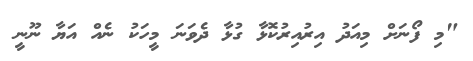
"މި ފޯނަށް މިއަދު އިރުއިރުކޮޅާ ގުޅާ ދެވަނަ މީހަކު ނެއް އަޔާ ނޫނީ